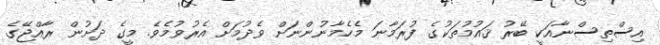
އިސްތިސްނާއަކީ ބޭރު ޤައުމުތަކުގެ ފުރަމާނަ މެހެމާނުންނަށް ވެދުމަށް އެރުވުމެވެ. މީގެ ދަށުން ރާއްޖޭގެ